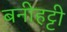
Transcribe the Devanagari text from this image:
बनीहट्टी